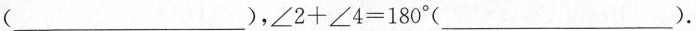
(___)，$$∠ 2 + ∠ 4 = 1 8 0 °$$(___).